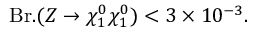
\mathrm { B r } . ( Z \rightarrow \chi _ { 1 } ^ { 0 } \chi _ { 1 } ^ { 0 } ) < 3 \times 1 0 ^ { - 3 } .